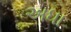
અધા